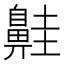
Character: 𪖢